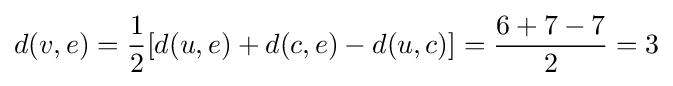
d(v,e)={\frac {1}{2}}[d(u,e)+d(c,e)-d(u,c)]={\frac {6+7-7}{2}}=3